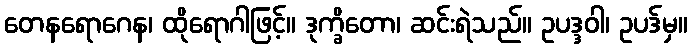
တေနရောဂေန၊ ထိုရောဂါဖြင့်။ ဒုက္ခိတော၊ ဆင်းရဲသည်။ ဥပဒ္ဒဝါ၊ ဥပဒ်မှ။